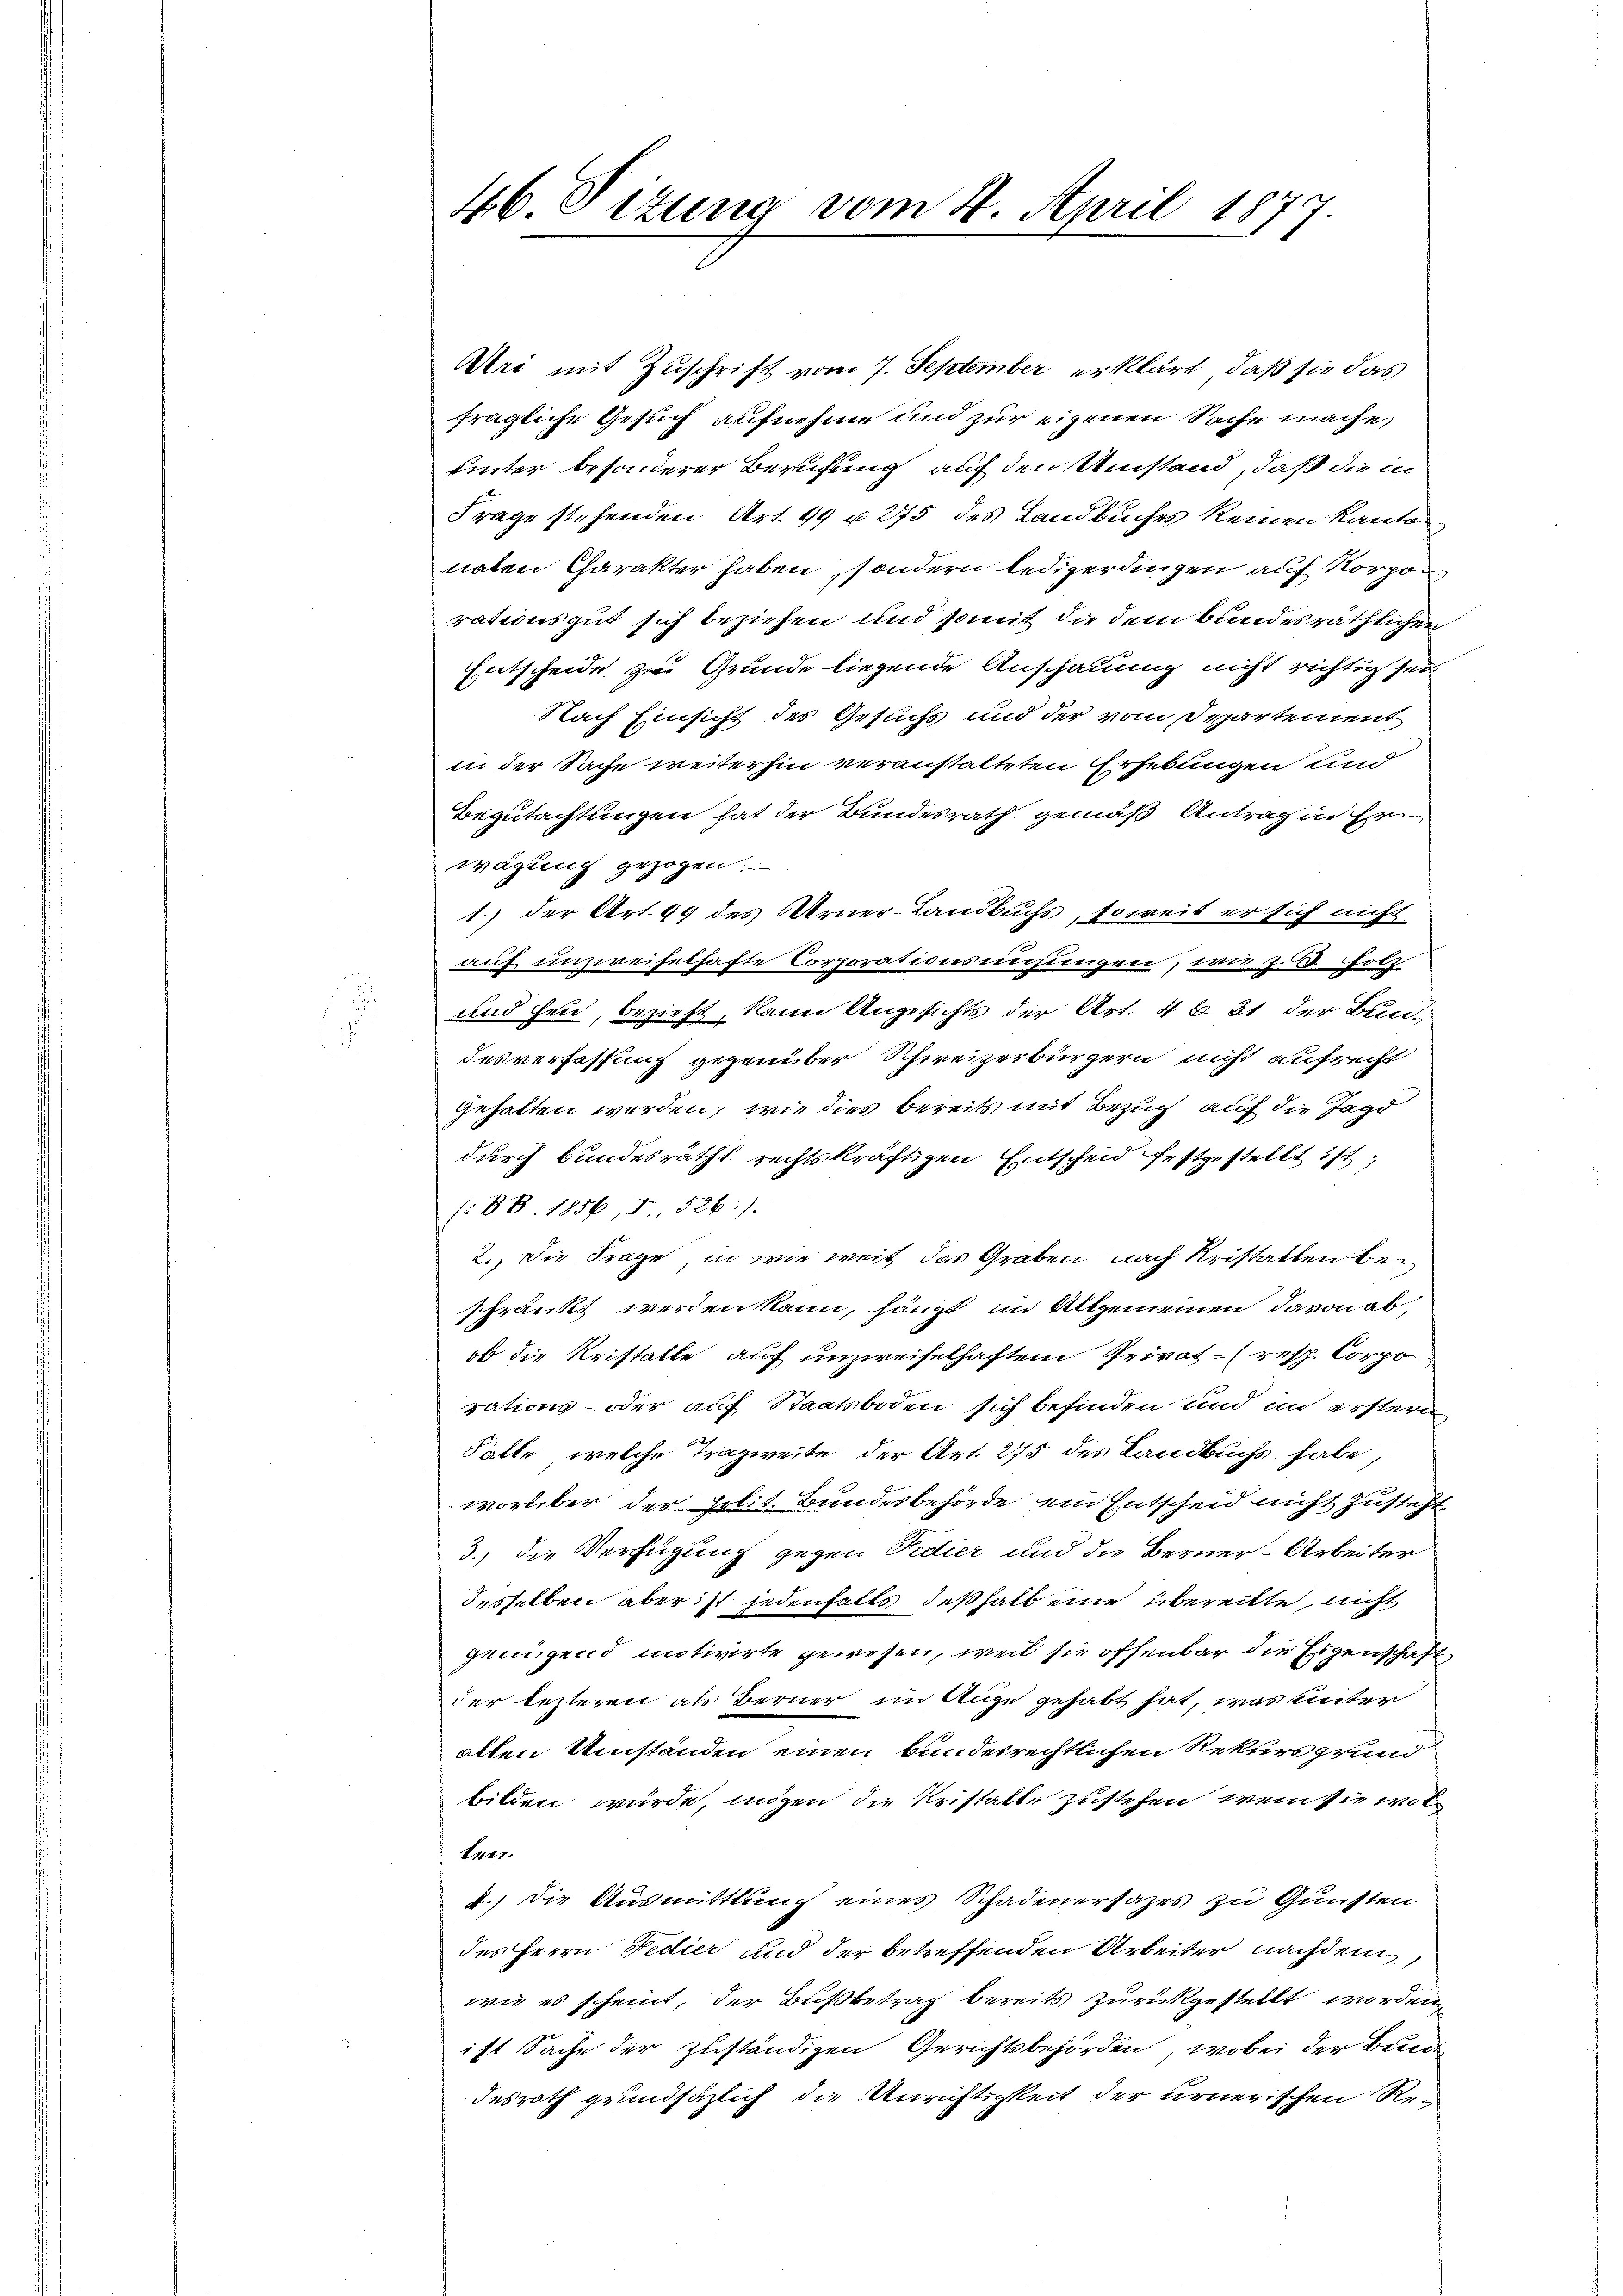
46. Situng vom 4. April 18
79

Uri mit Zuschrift vom 7. September erklärt, daß sie das
fragliche Gesuch aufnehme und zur eigenen Sache mache,
uinter besonderer Berufung auf den Umstand, daß die in
Frage stehenden Art. 49 u. 275 des Landbuches keinen Kanto
naten Charakter haben, sondern ledigerdingen auf Korpor
rationsgut sich beziehen und somit die dem bundesräthlichen
Entscheide zu Grunde liegende Anschauung nicht richtig sei
Nach Einsicht des Gesuchs und der vom Separtement
in der Sache weiterhin veranstalteten Erhebungen und
Begutachtungen hat der Bundesrath gemäß Antrag in hin
wägung gezogen.
1.) der Art. 99 des Arner-Landbuchs, soweit er sich nicht
auf unzweifelhafte Corporationsmigungen, wie z. B. Holz
und Heu, bezieht, kann Angesichts der Art. 4 f 21 der Bundesverfassung gegenüber Schweizerbürgern nicht aufrecht
gehalten werden, wie dies bereits mit Bezug auf die Jagd
durch Bundesräthl. rechtskräftigen Entscheid festgestellt ist,
(BB.1856, I., 526).
2.) Die Frage, in wie weit das Graben nach Reistatten beschränkt werden kann, haupt im Allgemeinen davon ab,
ob die Reistatte auf unzweifelhaftem Privat- (resp. Corpo
rations- oder auf Staatsboden sich befinden und im erstern
Falle, welche Tragweite der Art. 275 des Landbuchs habe,
worüber der Polit. Bundesbehörde ein Entscheid nicht zusteht,
3.) Die Verfügung gegen Fedier und die Berner-Arbeiter
desselben aber ist jedenfalls deßhalb eine übereitte nicht
genügend motivirte gewesen, weil sie offenbar die Eigenschaft
der lezteren als Berner im Auge gehabt hat, was unter
allen Umständen einen bundesrechtlichen Rekursgrund
bilden würde, mögen die Kristalte zustehen, wenn sie wol
ter.
2.) Die Ausmittlung eines Schadenersazes zu Gunsten
des Herrn Fedier und der betreffenden Arbeiter nachdem
wie es scheint, der Bußbetrag bereits zurückgestellt worden,
ist Sache der zuständigen Gerichtsbehörden, wobei der Bunde
desrath grundsätzlich die Unrichtigkeit der urnerischen Re¬